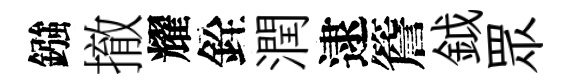
鏹撤耀銓潤逮簷鉞眾